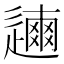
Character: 𨗃